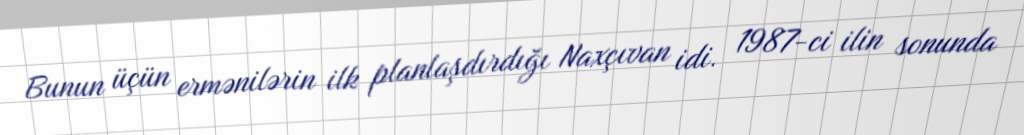
Bunun üçün ermənilərin ilk planlaşdırdığı Naxçıvan idi. 1987-ci ilin sonunda